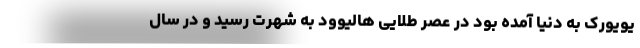
یویورک به دنیا آمده بود در عصر طلایی هالیوود به شهرت رسید و در سال